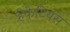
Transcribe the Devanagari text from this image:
हेकेटियस